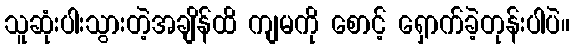
သူဆုံးပါးသွားတဲ့အချိန်ထိ ကျမကို စောင့် ရှောက်ခဲ့တုန်းပါပဲ။